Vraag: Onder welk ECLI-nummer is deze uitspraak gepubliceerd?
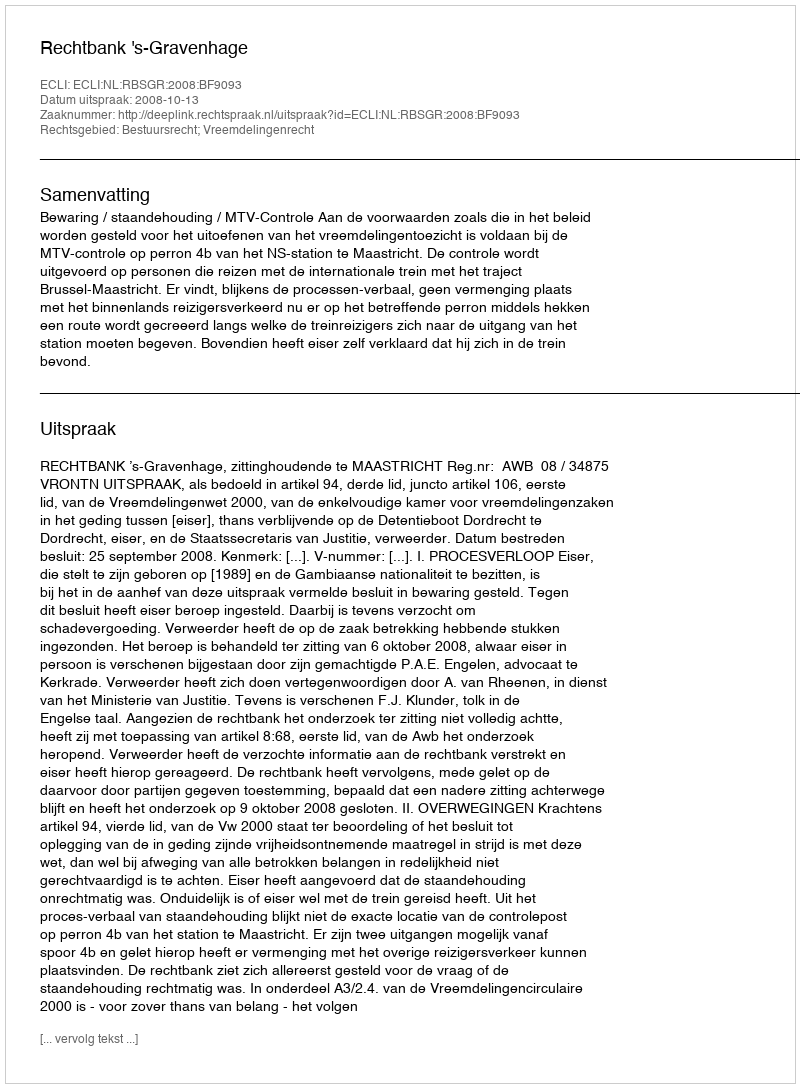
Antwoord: ECLI:NL:RBSGR:2008:BF9093